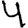
Digit: 4